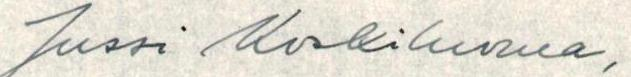
Jussi Koskiluoma,